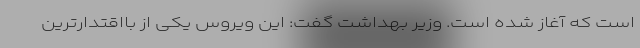
است که آغاز شده است. وزیر بهداشت گفت: این ویروس یکی از بااقتدارترین